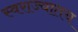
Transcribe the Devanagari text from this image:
स्वराज्यातच